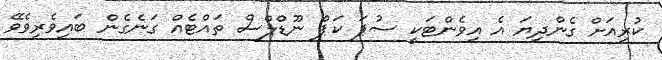
ކުރިއަށް ގެންދިޔަ އެ އިވެންޓަކީ ސުޕަ ކަޕް ނޫޑްލްސް ތައްޓެއް ގަނެގެން ބައިވެރިވެވޭ